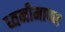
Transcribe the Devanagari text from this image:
ध्वनीमापन